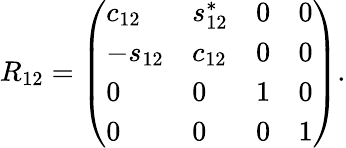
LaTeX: R_{12}=\left(\begin{array}{llll}{{c_{12}}}&{{s_{12}^{\ast}}}&{{0}}&{{0}}\\ {{-s_{12}}}&{{c_{12}}}&{{0}}&{{0}}\\ {{0}}&{{0}}&{{1}}&{{0}}\\ {{0}}&{{0}}&{{0}}&{{1}}\end{array}\right).